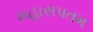
મહાસપતમ